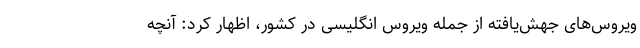
ویروس‌های جهش‌یافته از جمله ویروس انگلیسی در کشور، اظهار کرد: آنچه